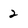
Character: 2